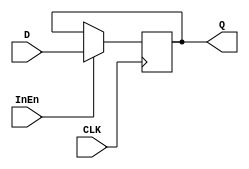
// 8-Bit Syncrhonous Reset Register
module reg8 (CLK, D, Q, InEn);
	//input reset;
	input CLK;
	input InEn;
	input [7:0] D;
	output [7:0] Q;
	reg [7:0] Q;
		always @(posedge CLK)
			//if (reset)
				//Q = 0;
			if (InEn)
				Q <= D;
endmodule